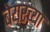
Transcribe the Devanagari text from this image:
बेयरच्या